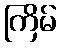
ကြိမ်